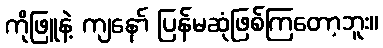
ကိုဖြူနဲ့ ကျနော် ပြန်မဆုံဖြစ်ကြတော့ဘူး။